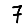
Digit: 7